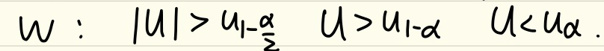
$w: |u| > u_{1 - \frac{\alpha}{2}} \quad u > u_{1 - \alpha} \quad u < u_{\alpha}.$